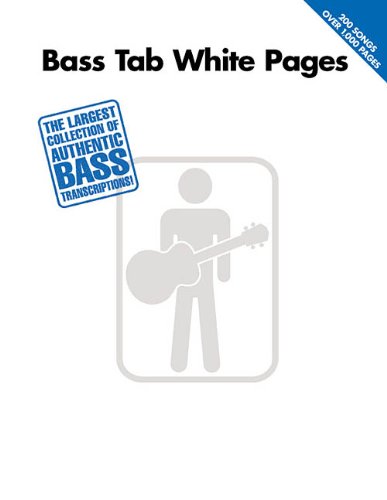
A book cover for Bass Tab White Pages; Hal Leonard Corp.; Reference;